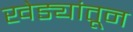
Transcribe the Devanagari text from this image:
खेड्यांतून